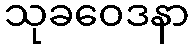
သုခဝေဒနာ